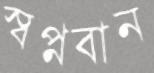
স্বপ্নবান